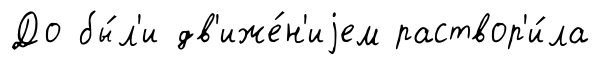
До бы́л'и дв'иже́н'иjем раствор'и́ла